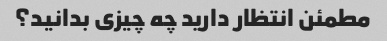
مطمئن انتظار دارید چه چیزی بدانید؟